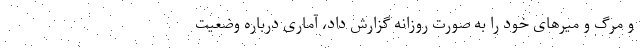
و مرگ و میرهای خود را به صورت روزانه گزارش داد، آماری درباره وضعیت